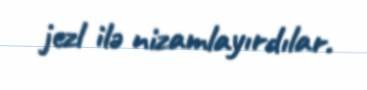
jezl ilə nizamlayırdılar.